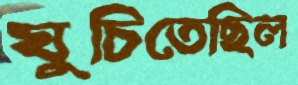
ঘুচিতেছিল